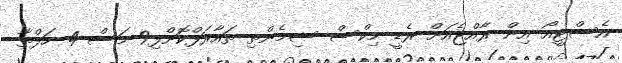
އެސްޓީއޯ އިން ރާއްޖެއަށް ރެޑީ މިކްސް ސިމެންތި ތައާރަފްކޮށްފި9 މަސް 4 ހަފްތާ